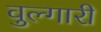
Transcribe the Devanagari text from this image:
वुल्गारी